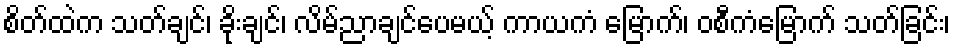
စိတ်ထဲက သတ်ချင်၊ ခိုးချင်၊ လိမ်ညာချင်ပေမယ့် ကာယကံ မြောက်၊ ဝစီကံမြောက် သတ်ခြင်း၊